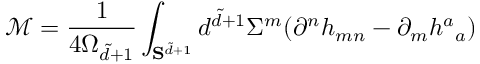
\mathcal { M } = \frac { 1 } { 4 \Omega _ { \tilde { d } + 1 } } \int _ { { \bf S } ^ { \tilde { d } + 1 } } d ^ { \tilde { d } + 1 } \Sigma ^ { m } ( \partial ^ { n } h _ { m n } - \partial _ { m } h ^ { a } { } _ { a } )